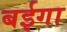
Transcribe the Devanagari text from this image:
बईगा